Reports on military cantonments and civil stations in the Presidency of Bombay inspected by the Sanitary Commissioner in the years 1875 and 1876
Year: 1875
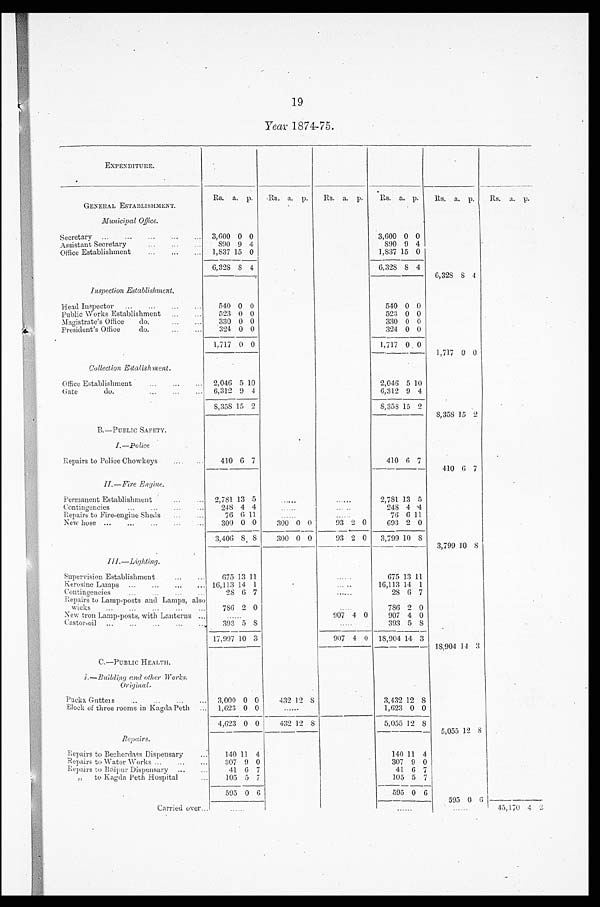
19
Year 1874-75.
EXPENDITURE.
Rs. a. p. Rs.
a.
p. Rs. a. p. Rs. a. p. Rs. a. p. Rs. a. P.
GENERAL ESTABLISHMENT.
Municipal Office.
Secretary ...
... ... ... 3,600 0 0
3,600 0 0
Assistant Secretary
... ... ...
890 9 4
890 9 4
Office Establishment
1,837 15 0
1,837 15 0
6,328 8 4
6,328 8 4
6,328 8 4
Inspection Establishment.
Head Inspector ... ... ...
540 0 0
540 0 0
Public Works Establishment
523 0 0
523 0 0
Magistrate's Office do.
...
330 0 0
330 0 0
President's Office
do.
...
324 0 0
324 0 0
1,717 0 0
1,717 0 0 1,717 0 0
Collection Estalishment.
Office Establishment
... ...
2,046 5 10
2,046 5 10
Gate do.
... 6,312 9 4
6,312 9 4
8,358 15 2
8,358 15 2
8,358
15
2
B.—PUBLIC SAFETY.
I.—Police
Repairs to Police Chowkeys
410 6 7
410 6 7
410 6 7
I I . — F i r e E n g i n e .
Permanent Establishment
... ... 2,781 13 5
. . . . . .
......
2,781 13 5
Contingencies
... ... ...
248 4 4
....
.
.....
248 4 4
Repairs to Fire-engine Sheds
76 6 11
......
.....
76 6 11
New hose ... ... ...
300 0 0
300 0 0
93 2 0
693 2 0
3,406 8 8
300 0 0
93 2 0 3,799 10 8
3,799 10 8
III.-Lighting.
Supervision Establishment
...
675 13 11
. . . . . .
675 13 11
Kerosine Lamps ... ... ... ... 16,113 14 1
......
16,113 14 1
Contingencies
... ...
...
28 6 7
......
28 6 7
Repairs to Lamp-posts and Lamps, also
wicks ... ... ... ... ...
786 2 0
......
786 2 0
New tron Lamp-posts, with Lanterns ...
......
907 4 0
907 4 0
Castor-oil ... ... -
.., 303 5 8
......
393 5 8
17,997 10 3
907 4 0 18,904 14 3 18,904 14 3
C. —PUBLIC HEALTH.
I.—Building and other Works
Original.
Pucka Gntteis ... ... ... ... 3,000 0 0
432 12 8
3,432 12 8
Block of three rooms in Kagda Peth
1,623 0 0
......
1,623 0 0
4,623 0 0
432 12 8
5,055 12 8 5,055 12 8
Repairs.
Repairs to Becherdass Dispensary
...
140 11 4
140 11 4
Repairs to Water Works ...
... ... 307 9 0
307 9 0
Repairs to Raipur Dispensary ...
41 6 7
41 6 7
„ to Kagda Peth Hospital
105 5 7
105 5 7
595 0 6
595 0 6
595 0 6
Carried over...
45,170 4 2